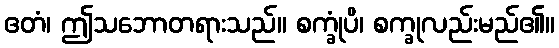
ဧတံ၊ ဤသဘောတရားသည်။ စက္ခုံပိ၊ စက္ခုလည်းမည်၏။